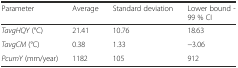
<table><thead><tr><td><b>Parameter</b></td><td><b>Average</b></td><td><b>Standard deviation</b></td><td><b>Lower bound - 99 % CI</b></td></tr></thead><tbody><tr><td><i>TavgHQY</i> (°C)</td><td>21.41</td><td>10.76</td><td>18.63</td></tr><tr><td><i>TavgCM</i> (°C)</td><td>0.38</td><td>1.33</td><td>−3.06</td></tr><tr><td><i>PcumY</i> (mm/year)</td><td>1182</td><td>105</td><td>912</td></tr></tbody></table>